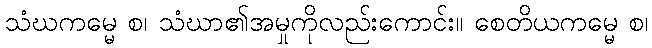
သံဃကမ္မေ စ၊ သံဃာ၏အမှုကိုလည်းကောင်း။ စေတိယကမ္မေ စ၊